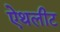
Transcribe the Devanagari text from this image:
ऐथलीट